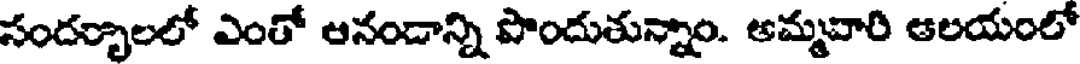
సందర్భాలలో ఎంతో ఆనండాన్ని పొందుతున్నాం. అమ్మవారి ఆలయంలో